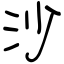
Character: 沙